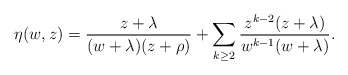
\begin{align*}\eta(w,z)=\frac{z+\lambda}{(w+\lambda)(z+\rho)}+\sum_{k\geq2}\frac{z^{k-2}(z+\lambda)}{w^{k-1}(w+\lambda)}.\end{align*}